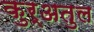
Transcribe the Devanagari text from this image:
कुर्अतुल